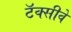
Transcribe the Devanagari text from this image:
टॅक्सीवे